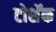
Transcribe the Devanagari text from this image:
टोशॅक